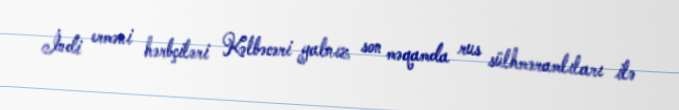
İndi erməni hərbçiləri Kəlbəcəri yalnız son məqamda rus sülhməramlıları ilə